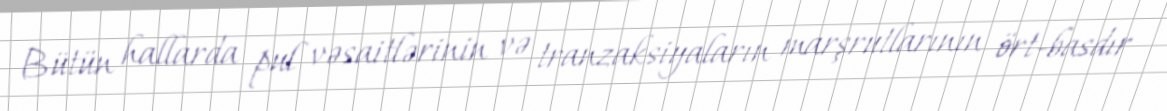
Bütün hallarda pul vəsaitlərinin və tranzaksiyaların marşrutlarının ört-basdır